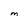
Character: M